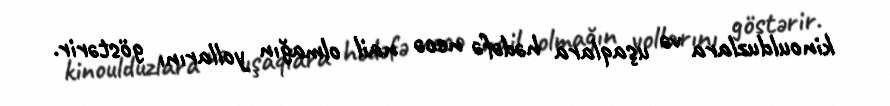
kinoulduzlara və uşaqlara hədəfə necə nail olmağın yollarını göstərir.